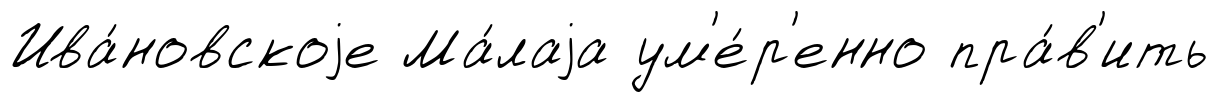
Ива́новскоjе Ма́лаjа ум'е́р'енно пра́в'ить